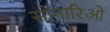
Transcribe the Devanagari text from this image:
सोनारिओ